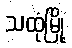
သထုံမြို့